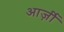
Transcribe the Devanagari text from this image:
आर्ज़ी